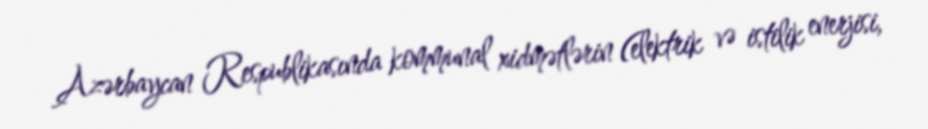
Azərbaycan Respublikasında kommunal xidmətlərin (elektrik və istilik enerjisi,